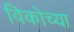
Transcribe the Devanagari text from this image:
विकोच्या